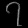
Digit: ၇